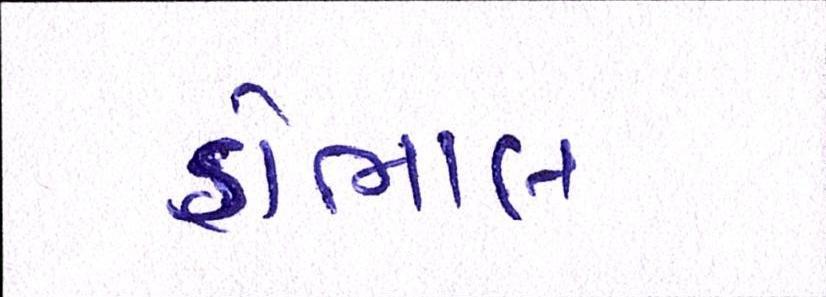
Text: ડોભાલ